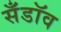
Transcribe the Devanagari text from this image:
सँडॉव